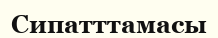
Сипатттамасы